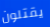
يقتلون